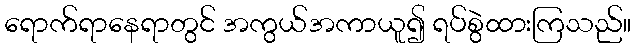
ရောက်ရာနေရာတွင် အကွယ်အကာယူ၍ ရပ်စွဲထားကြသည်။